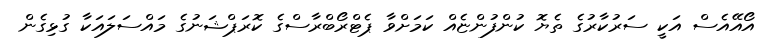
އޯއޭއެސް އަކީ ސަރުކާރުގެ ތެޔޮ ކުންފުންޏެއް ކަމަށްވާ ޕެޓްރޯބްރާސްގެ ކޮރަޕްޝަނުގެ މައްސަލައަކާ ގުޅިގެން